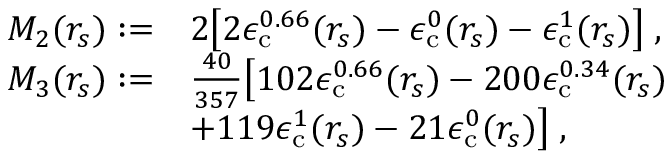
\begin{array} { r l } { M _ { 2 } ( r _ { s } ) : = } & { 2 \big [ 2 \epsilon _ { \mathrm { c } } ^ { 0 . 6 6 } ( r _ { s } ) - \epsilon _ { \mathrm { c } } ^ { 0 } ( r _ { s } ) - \epsilon _ { \mathrm { c } } ^ { 1 } ( r _ { s } ) \big ] \; , } \\ { M _ { 3 } ( r _ { s } ) : = } & { \frac { 4 0 } { 3 5 7 } \big [ 1 0 2 \epsilon _ { \mathrm { c } } ^ { 0 . 6 6 } ( r _ { s } ) - 2 0 0 \epsilon _ { \mathrm { c } } ^ { 0 . 3 4 } ( r _ { s } ) } \\ & { + 1 1 9 \epsilon _ { \mathrm { c } } ^ { 1 } ( r _ { s } ) - 2 1 \epsilon _ { \mathrm { c } } ^ { 0 } ( r _ { s } ) \big ] \; , } \end{array}